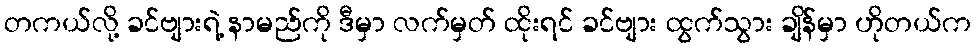
တကယ်လို့ ခင်ဗျားရဲ့ နာမည်ကို ဒီမှာ လက်မှတ် ထိုးရင် ခင်ဗျား ထွက်သွား ချိန်မှာ ဟိုတယ်က